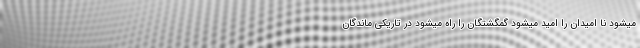
میشود نا امیدان را امید میشود گمگشتگان را راه میشود در تاریکی ماندگان